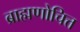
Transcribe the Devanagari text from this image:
ब्राह्मणोचित्त